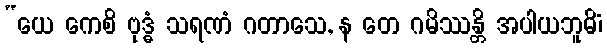
“ယေ ကေစိ ဗုဒ္ဓံ သရဏံ ဂတာသေ, န တေ ဂမိဿန္တိ အပါယဘူမိံ၊